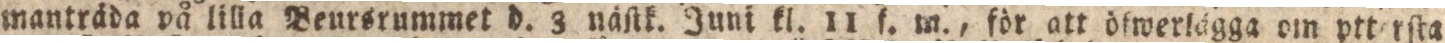
manträda på lilla Beursrummet d. 3 näſtk. Juni kl. 11 f. m., för att öfwerlägga om ptterſta